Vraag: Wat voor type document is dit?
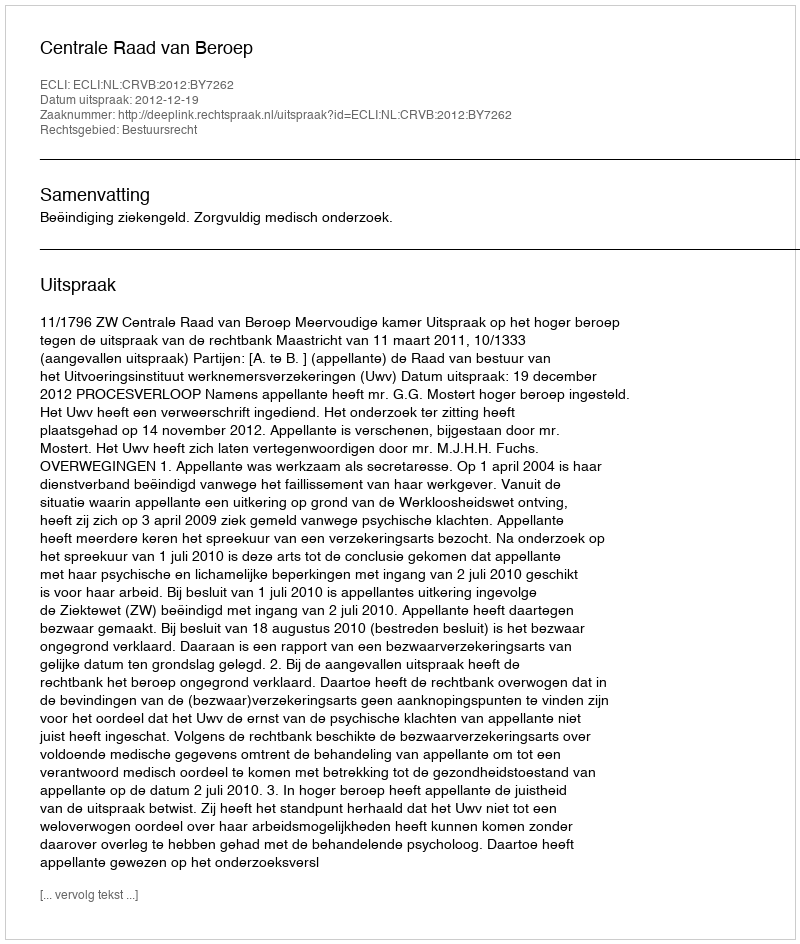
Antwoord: Uitspraak